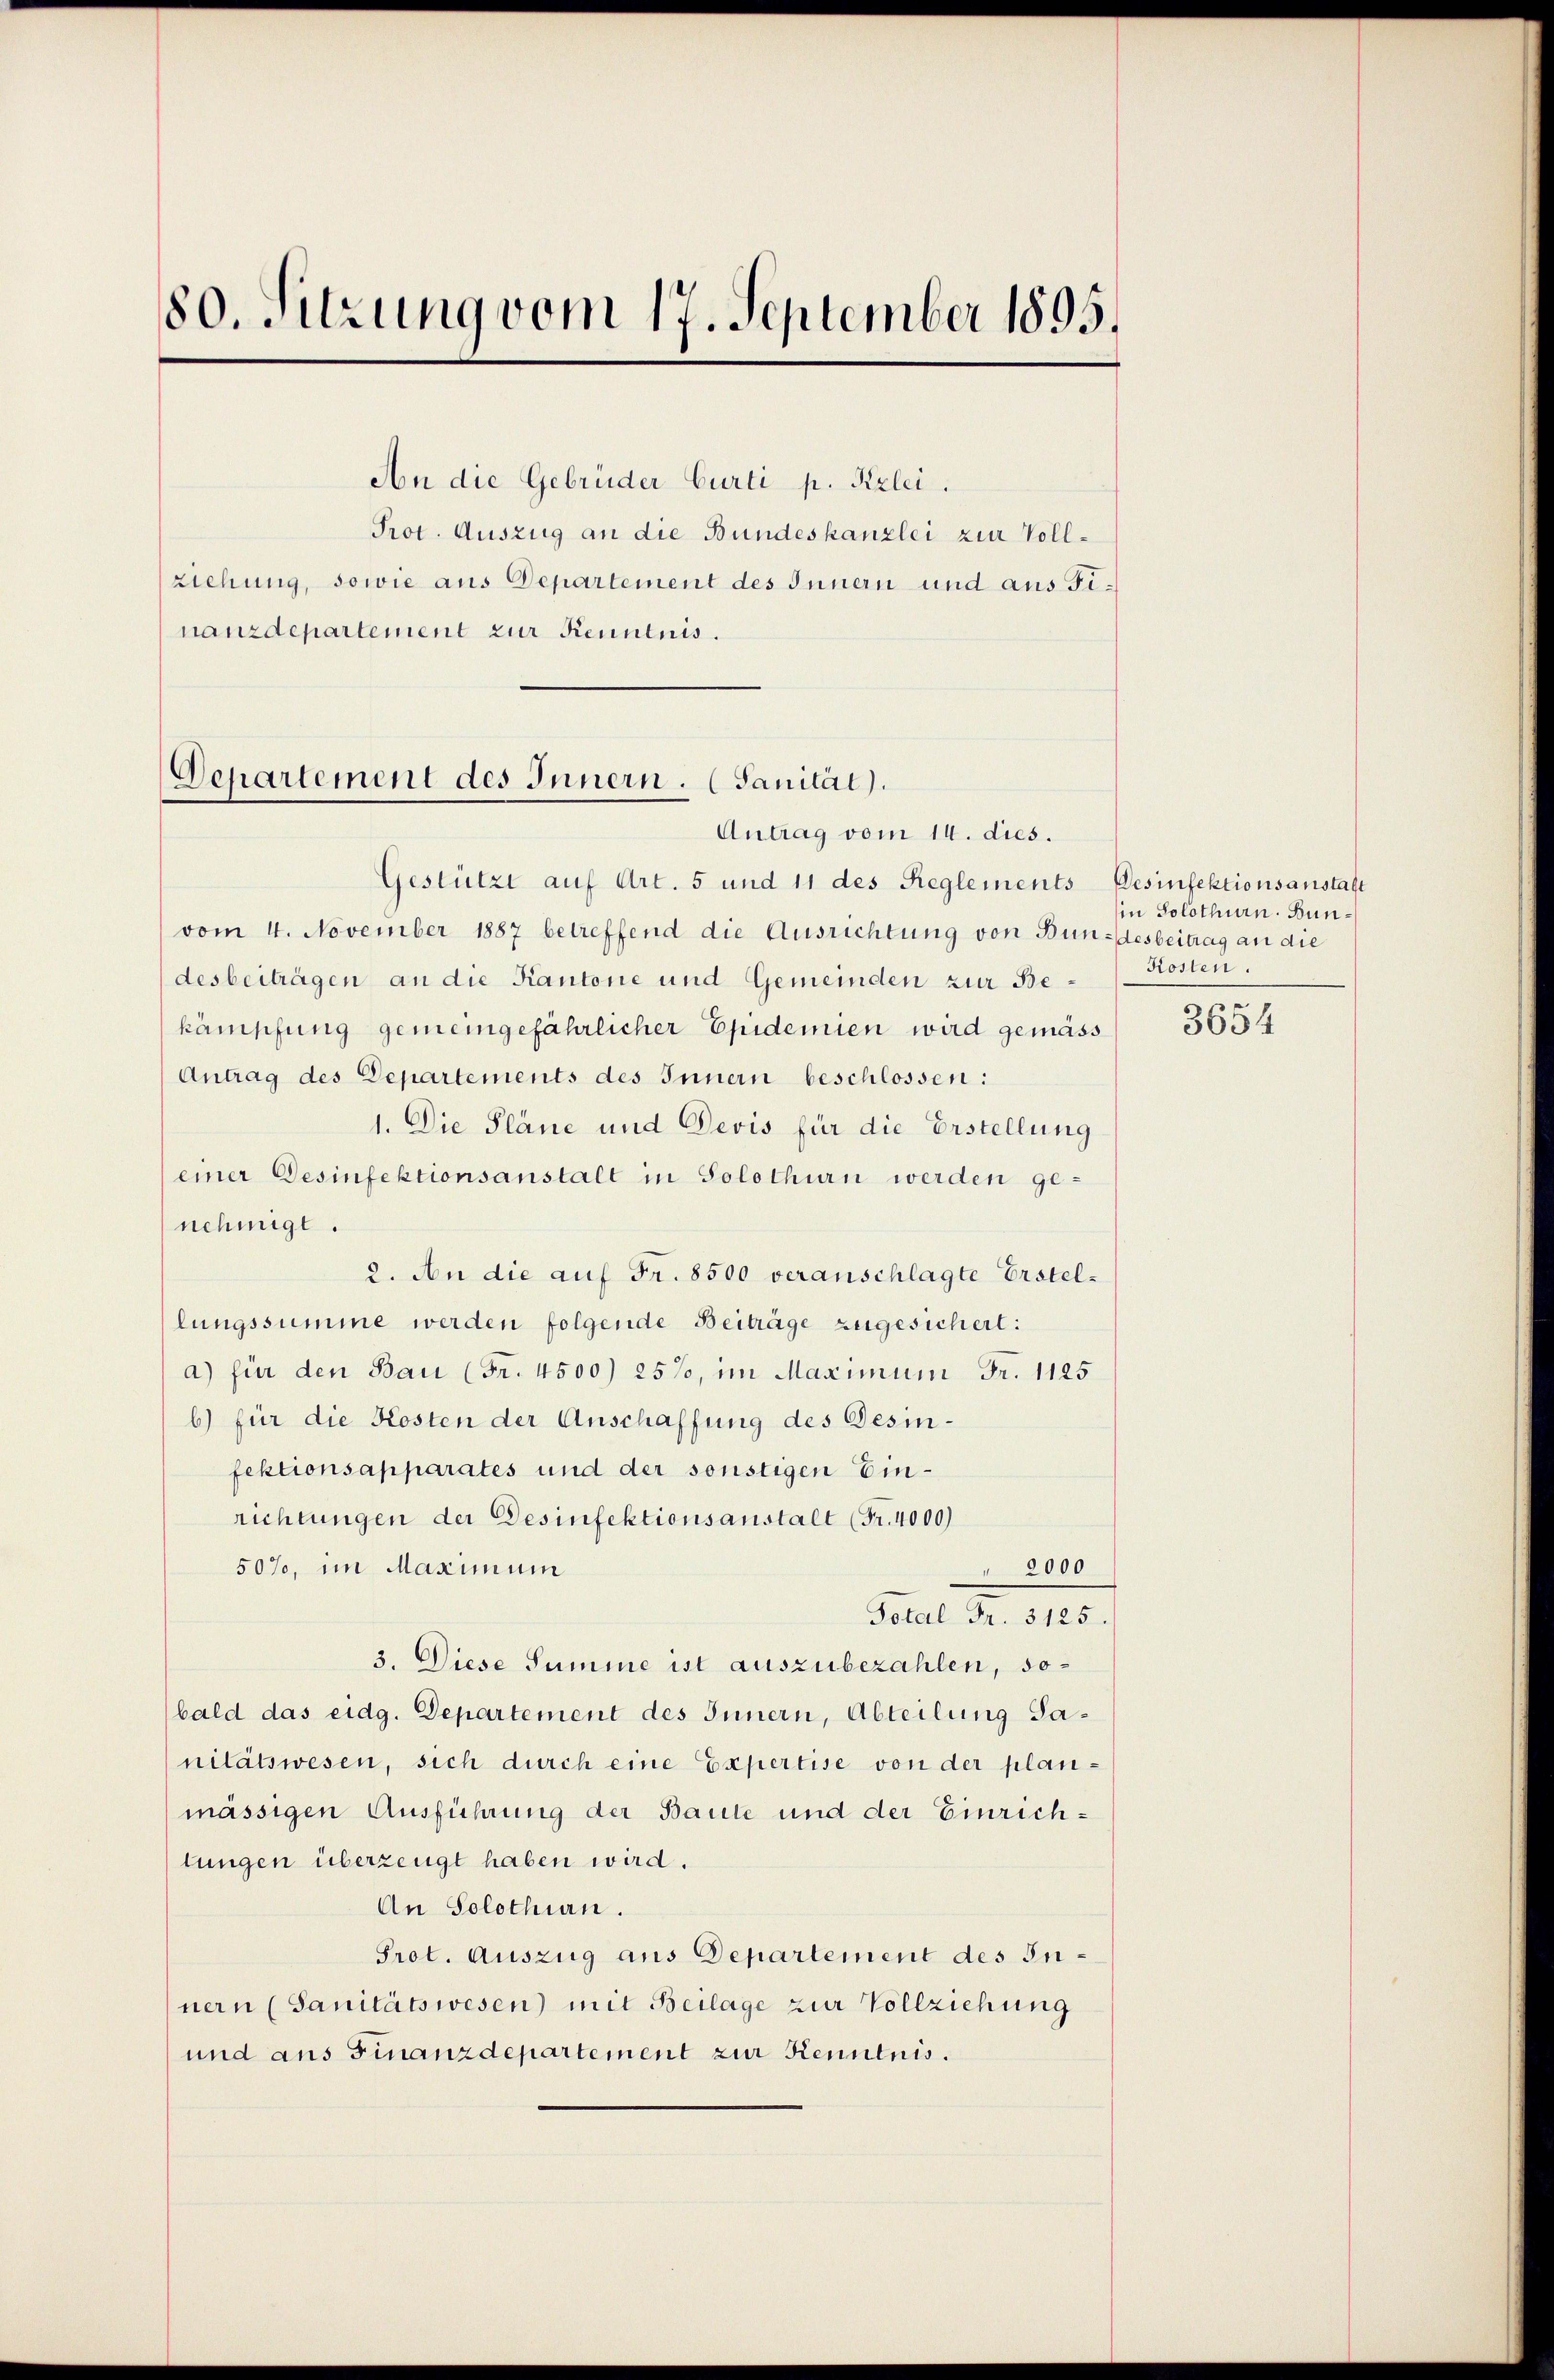
80. Sitzung vom 17. September 1895.

An die Gebrüder Curti p. Kzlei.
Prot. Auszug an die Bundeskanzlei zur Vollziehung, sowie aus Departement des Innern und aus Finanzdepartement zur Kenntnis.

Departement des Innern. (Sanität).
Antrag vom 14. dies.

Gestützt auf Art. 5 und 11 des Reglements Desinfektionsanstalt
vom 4. November 1887 betreffend die Ausrichtung von Bundesbeitrag an die
desbeiträgen an die Kantone und Gemeinden zur Bekämpfung gemeingefährlicher Epidemien wird gemäss
Antrag des Departements des Innern beschlossen:
1. Die Pläne und Devis für die Erstellung
einer Desinfektionsanstalt in Solothurn werden genehmigt.
2. An die auf Fr. 8500 veranschlagte Erstellungssumme werden folgende Beiträge zugesichert:
a) für den Bau (Fr. 4500) 25%, im Maximum Fr. 1125
b) für die Kosten der Anschaffung des Desinfektionsapparates und der sonstigen Einrichtungen der Desinfektionsanstalt (Fr. 4000)
50%, im Maximum
" 2000
Forel Fr. 310.
3. Diese Summe ist auszubezahlen, sobald das eidg. Departement des Innern, Abteilung Sanitätswesen, sich durch eine Expertise von der planmässigen Ausführung der Baute und der Einrichlungen überzeugt haben wird.
An Solothin.
Prot. Auszug aus Departement des Innern (Sanitätswesen) mit Beilage zur Vollziehung
und aus Finanzdepartement zur Kenntnis.

in Solothurn. Bun¬
Kosten.

3654